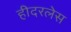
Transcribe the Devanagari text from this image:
हीदरलेस